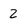
Character: 2